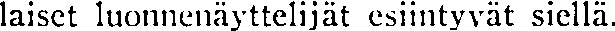
laiset luonnenäyttelijät esiintyvät siellä.